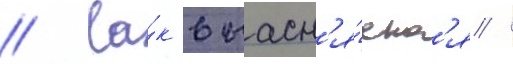
// Ка́к выасн'я́етс'я /